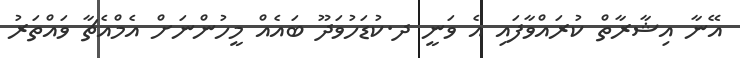
އޭނާ އިޝާރާތް ކުރައްވާފައި އެ ވަނީ ދ.ކުޑަހުވަދޫ ބައެއް މީހުންނަށް އެމްއެޗާ ވައްތަރު